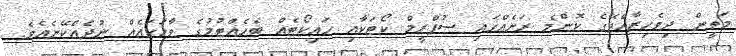
މަތީން ދިވެހިރާއްޖޭގެ ކޮންމެ ރަށެއްގައި ސުޕްރީމް ކޯޓަކާއި ހައިކޯޓެއް ބެހެއްޓުމުގެ ވާހަކައެއް ނުދެއްކޭނެއެވެ.